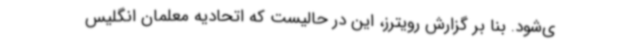
ی‌شود. بنا بر گزارش رویترز، این در حالیست که اتحادیه معلمان انگلیس